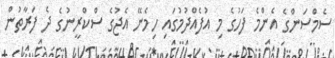
ސެމްސަންގެ އެންމެ ފަހުގެ މި އުފެއްދުމުގައި ހިމެނޭ އެޖުގެ ސްކްރީނުގެ ދެ ފަރާތުން